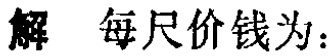
解 每尺价钱为：